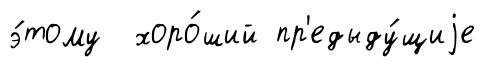
э́тому хоро́ший пр'едыду́щиjе